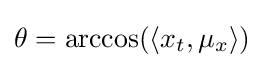
\theta =\arccos(\langle x_{t},\mu _{x}\rangle )